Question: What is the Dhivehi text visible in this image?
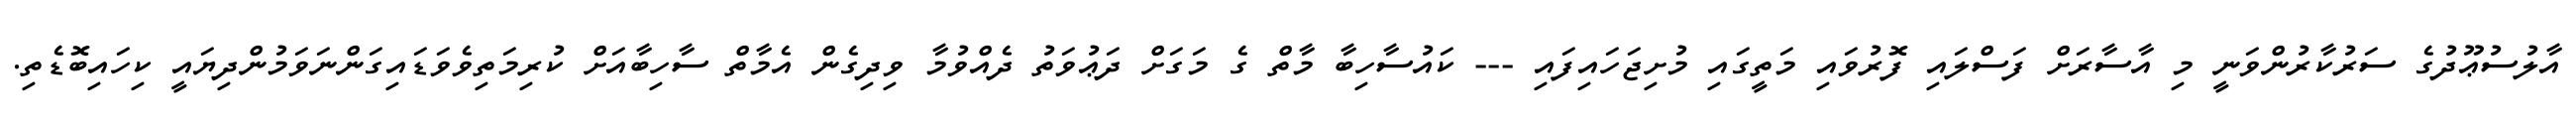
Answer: އާލުސުޢޫދުގެ ސަރުކާރުންވަނީ މި އާސާރަށް ފަސްލައި ފޮރުވައި މަތީގައި މުށިޖަހައިފައި --- ކައުސާހިބާ މާތް ގެ މަގަށް ދަޢުވަތު ދެއްވުމާ ވިދިގެން އެމާތް ސާހިބާއަށް ކުރިމަތިވެވަޑައިގަންނަވަމުންދިޔައީ ކިހައިބޮޑެތި.